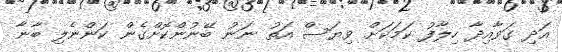
އަދި ގަވާއިދާ ހިލާފު ކަމަކަށް ވިޔަސް އަތު ނަނު ބޭނުންކޮށްގެން ކަންނެލި ބާނާ